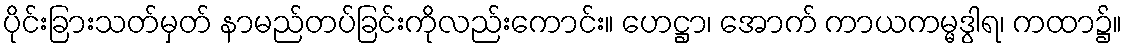
ပိုင်းခြားသတ်မှတ် နာမည်တပ်ခြင်းကိုလည်းကောင်း။ ဟေဋ္ဌာ၊ အောက် ကာယကမ္မဒွါရ၊ ကထာ၌။